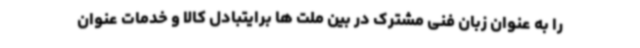
را به عنوان زبان فنی مشترک در بین ملت ها برایتبادل کالا و خدمات عنوان